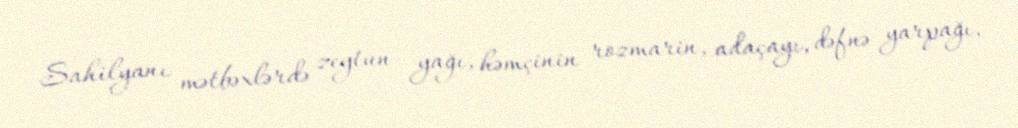
Sahilyanı mətbəxlərdə zeytun yağı, həmçinin rozmarin, adaçayı, dəfnə yarpağı,